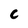
Character: C